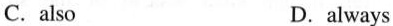
C.also